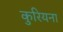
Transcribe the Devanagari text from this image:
कुरियना